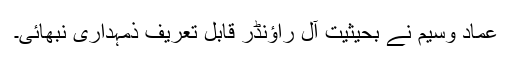
عماد وسیم نے بحیثیت آل راؤنڈر قابلِ تعریف ذمہداری نبھائی۔